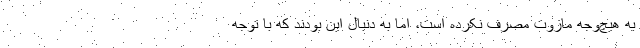
به هیچ‌وجه مازوت مصرف نکرده‌ است، اما به دنبال این بودند که با توجه